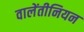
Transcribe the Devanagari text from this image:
वालेंतीनियन